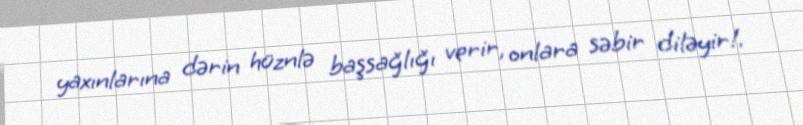
yaxınlarına dərin hüznlə başsağlığı verir, onlara səbir diləyir!.